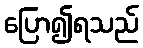
ပြော၍ရသည်